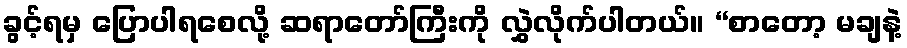
ခွင့်ရမှ ပြောပါရစေလို့ ဆရာတော်ကြီးကို လွှဲလိုက်ပါတယ်။ “စာတော့ မချနဲ့